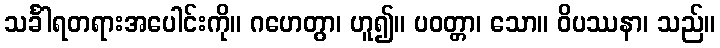
သင်္ခါရတရားအပေါင်းကို။ ဂဟေတွာ၊ ဟူ၍။ ပဝတ္တာ၊ သော။ ဝိပဿနာ၊ သည်။